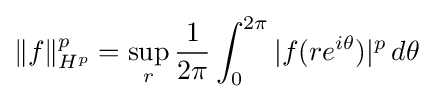
\|f\|_{H^{p}}^{p}=\sup _{r}{1 \over 2\pi }\int _{0}^{2\pi }|f(re^{i\theta })|^{p}\,d\theta